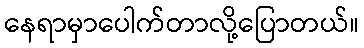
နေရာမှာပေါက်တာလို့ပြောတယ်။